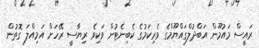
ރައީސް މައުމޫން އަބްދުލްގައްޔޫމްގެ ވެރިކަމުގެ ކެބިނެޓުން ވަކިވެ ރިޔާސީ ރޭހަށް އަމިއްލަ ގޮތުން